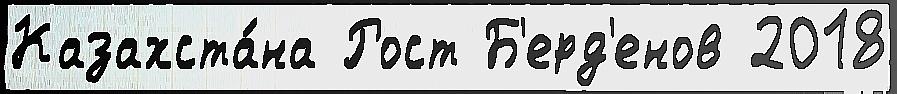
Казахста́на Рост Б'ерд'енов 2018